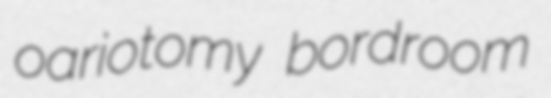
oariotomy bordroom